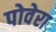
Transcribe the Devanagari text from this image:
पोवेरा